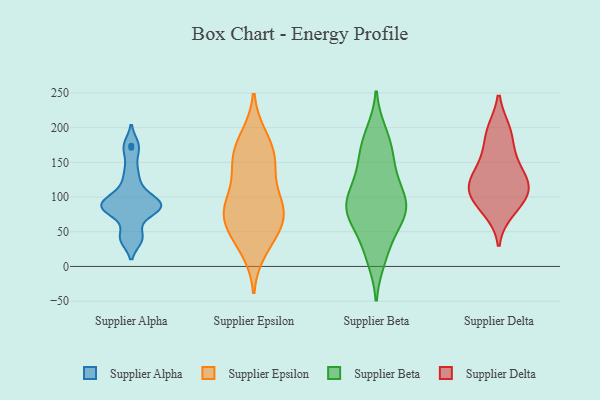
{"axis": {"x": "Bounce Rate (%)", "y": "Value"}, "legend": ["Supplier Alpha", "Supplier Beta", "Supplier Delta", "Supplier Epsilon"], "data": [{"x": "", "y": 91, "type": "Supplier Alpha"}, {"x": "", "y": 84, "type": "Supplier Alpha"}, {"x": "", "y": 171, "type": "Supplier Alpha"}, {"x": "", "y": 96, "type": "Supplier Alpha"}, {"x": "", "y": 86, "type": "Supplier Alpha"}, {"x": "", "y": 105, "type": "Supplier Alpha"}, {"x": "", "y": 44, "type": "Supplier Alpha"}, {"x": "", "y": 124, "type": "Supplier Alpha"}, {"x": "", "y": 83, "type": "Supplier Alpha"}, {"x": "", "y": 174, "type": "Supplier Alpha"}, {"x": "", "y": 83, "type": "Supplier Alpha"}, {"x": "", "y": 40, "type": "Supplier Alpha"}, {"x": "", "y": 80, "type": "Supplier Alpha"}, {"x": "", "y": 140, "type": "Supplier Alpha"}, {"x": "", "y": 40, "type": "Supplier Alpha"}, {"x": "", "y": 90, "type": "Supplier Alpha"}, {"x": "", "y": 186, "type": "Supplier Epsilon"}, {"x": "", "y": 49, "type": "Supplier Epsilon"}, {"x": "", "y": 158, "type": "Supplier Epsilon"}, {"x": "", "y": 150, "type": "Supplier Epsilon"}, {"x": "", "y": 84, "type": "Supplier Epsilon"}, {"x": "", "y": 72, "type": "Supplier Epsilon"}, {"x": "", "y": 148, "type": "Supplier Epsilon"}, {"x": "", "y": 181, "type": "Supplier Epsilon"}, {"x": "", "y": 97, "type": "Supplier Epsilon"}, {"x": "", "y": 69, "type": "Supplier Epsilon"}, {"x": "", "y": 88, "type": "Supplier Epsilon"}, {"x": "", "y": 24, "type": "Supplier Epsilon"}, {"x": "", "y": 38, "type": "Supplier Epsilon"}, {"x": "", "y": 93, "type": "Supplier Epsilon"}, {"x": "", "y": 142, "type": "Supplier Epsilon"}, {"x": "", "y": 66, "type": "Supplier Epsilon"}, {"x": "", "y": 160, "type": "Supplier Beta"}, {"x": "", "y": 172, "type": "Supplier Beta"}, {"x": "", "y": 64, "type": "Supplier Beta"}, {"x": "", "y": 131, "type": "Supplier Beta"}, {"x": "", "y": 11, "type": "Supplier Beta"}, {"x": "", "y": 78, "type": "Supplier Beta"}, {"x": "", "y": 80, "type": "Supplier Beta"}, {"x": "", "y": 122, "type": "Supplier Beta"}, {"x": "", "y": 192, "type": "Supplier Beta"}, {"x": "", "y": 98, "type": "Supplier Beta"}, {"x": "", "y": 31, "type": "Supplier Beta"}, {"x": "", "y": 82, "type": "Supplier Beta"}, {"x": "", "y": 89, "type": "Supplier Beta"}, {"x": "", "y": 196, "type": "Supplier Delta"}, {"x": "", "y": 119, "type": "Supplier Delta"}, {"x": "", "y": 80, "type": "Supplier Delta"}, {"x": "", "y": 90, "type": "Supplier Delta"}, {"x": "", "y": 108, "type": "Supplier Delta"}, {"x": "", "y": 105, "type": "Supplier Delta"}, {"x": "", "y": 124, "type": "Supplier Delta"}, {"x": "", "y": 160, "type": "Supplier Delta"}, {"x": "", "y": 194, "type": "Supplier Delta"}, {"x": "", "y": 119, "type": "Supplier Delta"}, {"x": "", "y": 149, "type": "Supplier Delta"}]}